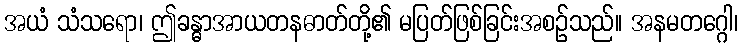
အယံ သံသရော၊ ဤခန္ဓာအာယတနဓာတ်တို့၏ မပြတ်ဖြစ်ခြင်းအစဉ်သည်။ အနမတဂ္ဂေါ၊